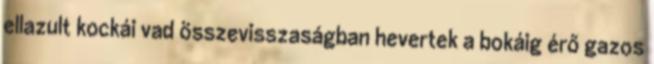
ellazult kockái vad összevisszaságban hevertek a bokáig érő gazos